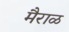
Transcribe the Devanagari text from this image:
मैराळ